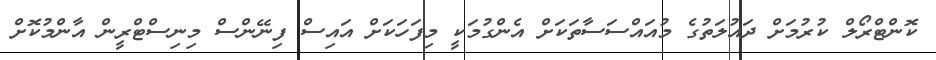
ކޮންޓްރޯލް ކުރުމަށް ދައުލަތުގެ މުއައްސަސާތަކަށް އެންގުމަކީ މިފަހަކަށް އައިސް ފިނޭންސް މިނިސްޓްރީން އާންމުކޮށް